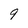
Character: 9